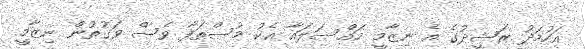
އަހުމަދު ރަޝީދުގެ އެ ނިޒާމީ މައްސަލައާ އެކު މުސްތަފާ ވެސް ވަގުތުން ނިޒާމީ